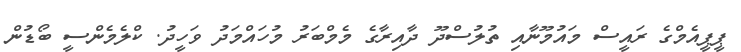
ޕީޕީއެމްގެ ރައީސް މައުމޫނާއި ތުލުސްދޫ ދާއިރާގެ މެމްބަރު މުހައްމަދު ވަހީދު. ކްލެމެންސީ ބޯޑުން